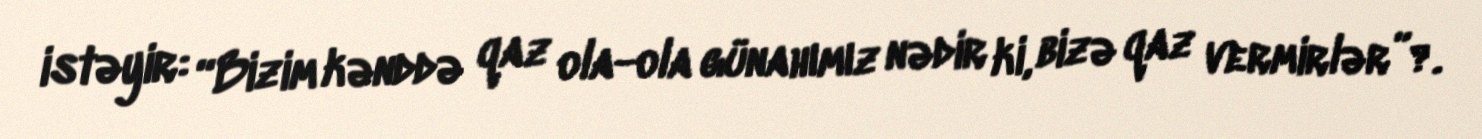
istəyir: “Bizim kənddə qaz ola-ola günahımız nədir ki, bizə qaz vermirlər”?.